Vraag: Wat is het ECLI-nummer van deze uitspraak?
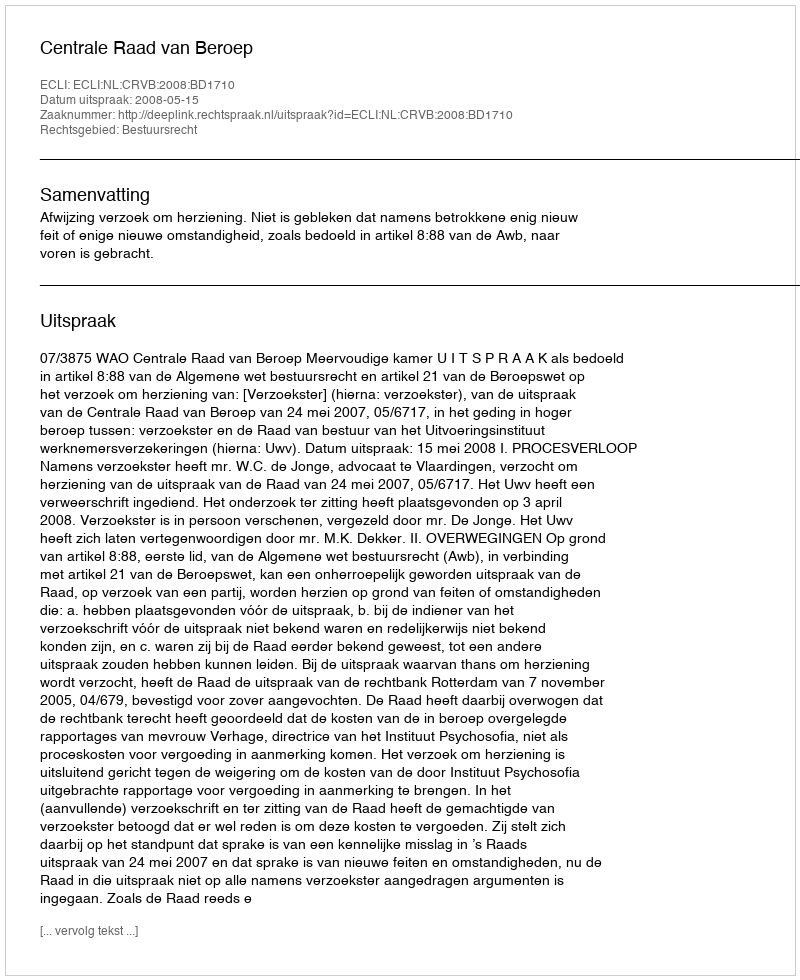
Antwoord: ECLI:NL:CRVB:2008:BD1710